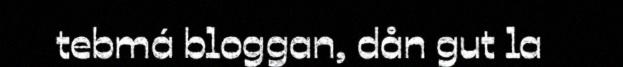
tebmá bloggan, dån gut la